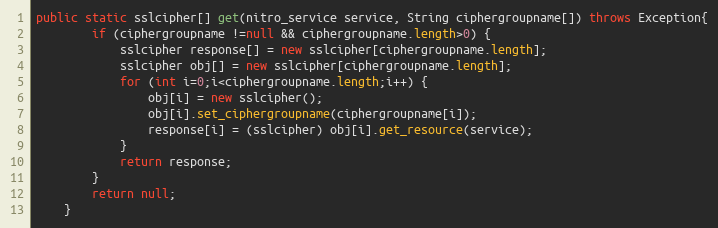
Language: Java
public static sslcipher[] get(nitro_service service, String ciphergroupname[]) throws Exception{
		if (ciphergroupname !=null && ciphergroupname.length>0) {
			sslcipher response[] = new sslcipher[ciphergroupname.length];
			sslcipher obj[] = new sslcipher[ciphergroupname.length];
			for (int i=0;i<ciphergroupname.length;i++) {
				obj[i] = new sslcipher();
				obj[i].set_ciphergroupname(ciphergroupname[i]);
				response[i] = (sslcipher) obj[i].get_resource(service);
			}
			return response;
		}
		return null;
	}